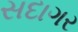
સદાગર